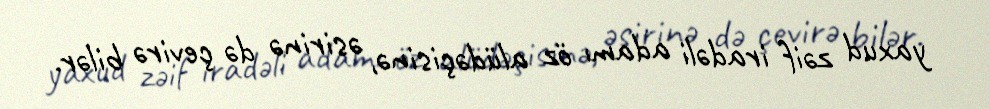
yaxud zəif iradəli adamı öz alüdəçisinə, əsirinə də çevirə bilər.